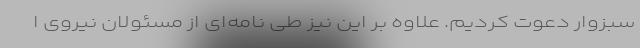
سبزوار دعوت کردیم. علاوه بر این نیز طی نامه‌ای از مسئولان نیروی ا